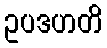
ဥပဒဟတိ